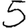
Digit: 5